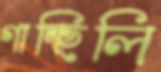
গাচ্ছিলি